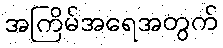
အကြိမ်အရေအတွက်